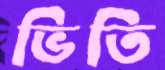
ভিতি